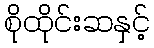
စိုထိုင်းဆနှင့်